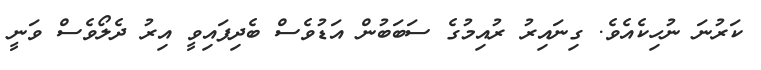
ކަރުނަ ނުހިކެއެވެ. ގިނައިރު ރުއިމުގެ ސަބަބުން އަޑުވެސް ބެދިފައިވީ އިރު ދެލޯވެސް ވަނީ